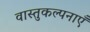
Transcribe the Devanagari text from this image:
वास्तुकल्पनाएँ